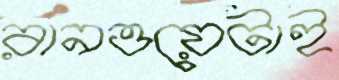
রানওয়েটাই